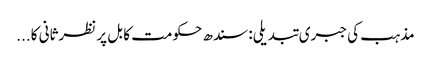
مذہب کی جبری تبدیلی: سندھ حکومت کا بل پر نظرثانی کا...